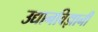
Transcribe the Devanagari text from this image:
उद्यानविज्ञानी